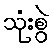
သုံးစွဲ